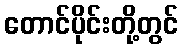
တောင်ပိုင်းတို့တွင်